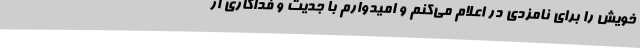
خویش را برای نامزدی در اعلام می‌کنم و امیدوارم با جدیت و فداکاری از